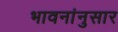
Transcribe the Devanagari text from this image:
भावनांनुसार